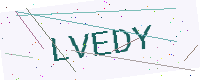
Text: LVEDY